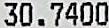
30.7400